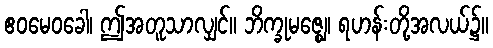
ဧဝမေဝခေါ၊ ဤအတူသာလျှင်။ ဘိက္ခုမဇ္ဈေ၊ ရဟန်းတို့အလယ်၌။